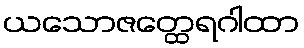
ယသောဇတ္ထေရဂါထာ